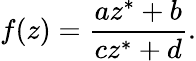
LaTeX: f(z)={\frac{az^{*}+b}{cz^{*}+d}}.